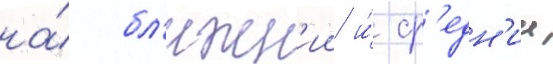
на́ бл'ижн'ии и́ ср'едн'ии